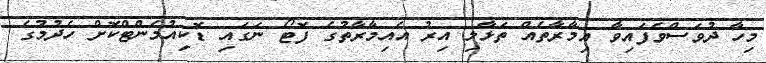
މިހާ ދުވަސްވެފައިވާ އިމާރާތެއް ތަޅާލި އިރު އެއިމާރާތުގެ ފޮޓޯ ނަގައި ޑޮކިއުމެންޓްކޮށް ހެދުމުގެ